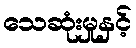
သေဆုံးမှုနှင့်